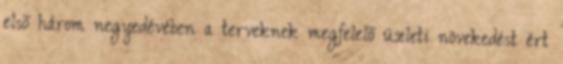
elsõ három negyedévében a terveknek megfelelõ üzleti növekedést ért